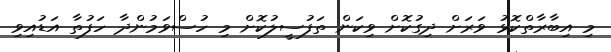
މި އިބާރާތްކޮޅު ވަރަށް ދިގުކޮށް ވިކަން ތަފުސީލުކޮށް މި ހުސްވަމުންދާ ހަފުތާ އަޑުއިވި